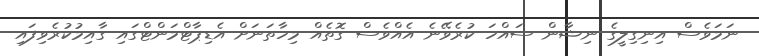
ނަމަވެސް އިނިގިލީގެ ނިޝާން ސައްހަ ކުރެވޭނެ އެއްވެސް ގޮތެއް މިހާތަނަށް އެޑިޕާޓްމަންޓްގައި ގާއިމުކުރެވިފައި